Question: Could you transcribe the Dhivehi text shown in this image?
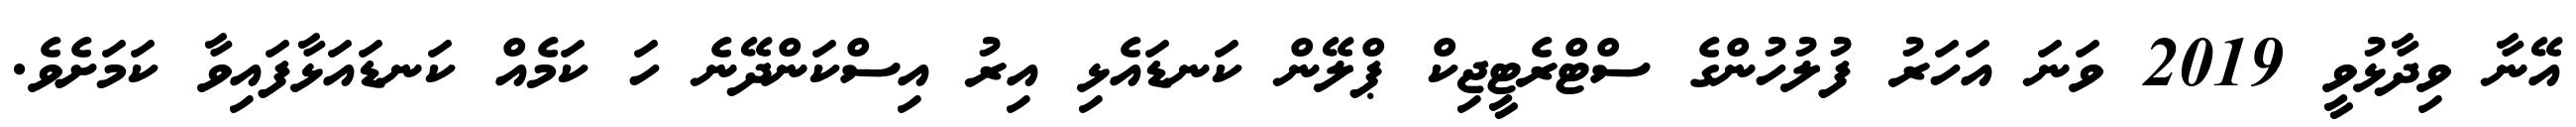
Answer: އޭނާ ވިދާޅުވީ 2019 ވަނަ އަހަރު ފުލުހުންގެ ސްޓްރެޓީޖިކް ޕްލޭން ކަނޑައެޅި އިރު އިސްކަންދޭނެ ހަ ކަމެއް ކަނޑައަޅާފައިވާ ކަމަށެވެ.